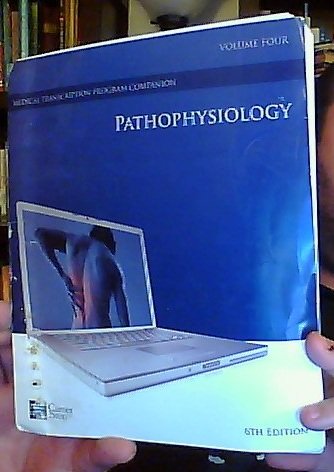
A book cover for Pathophysiology: Volume Four, 6th Edition (Career Step Medical Transcription Program Companion); Career Step; Medical Books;